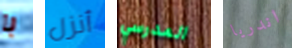
با أنزل المدرسي اندريا